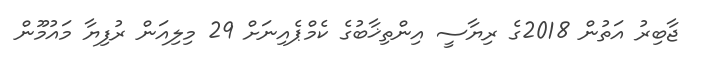
ޖާބިރު އަތުން 2018ގެ ރިޔާސީ އިންތިޚާބުގެ ކެމްޕެއިނަށް 29 މިލިއަން ރުފިޔާ މައުމޫން